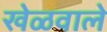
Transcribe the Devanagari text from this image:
खेळवाले